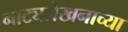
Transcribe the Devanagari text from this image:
नाट्यलेखनाच्या